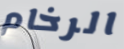
الرخام